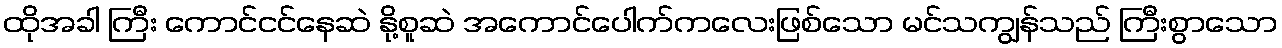
ထိုအခါ ကြီး ကောင်ငင်နေဆဲ နို့စူဆဲ အကောင်ပေါက်ကလေးဖြစ်သော မင်သကျွန်သည် ကြီးစွာသော